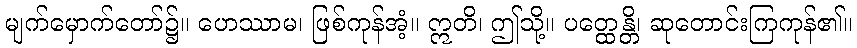
မျက်မှောက်တော်၌။ ဟေဿာမ၊ ဖြစ်ကုန်အံ့။ ဣတိ၊ ဤသို့။ ပတ္ထေန္တိ၊ ဆုတောင်းကြကုန်၏။